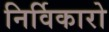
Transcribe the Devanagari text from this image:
निर्विकारो